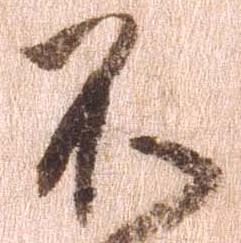
不